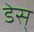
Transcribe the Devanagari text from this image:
डेस्